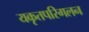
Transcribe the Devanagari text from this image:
यकृतपरिगलन